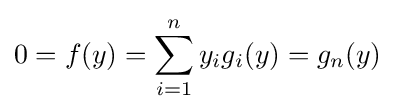
0=f(y)=\sum _{i=1}^{n}y_{i}g_{i}(y)=g_{n}(y)